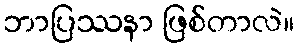
ဘာပြဿနာ ဖြစ်တာလဲ။